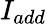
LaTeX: I_{add}